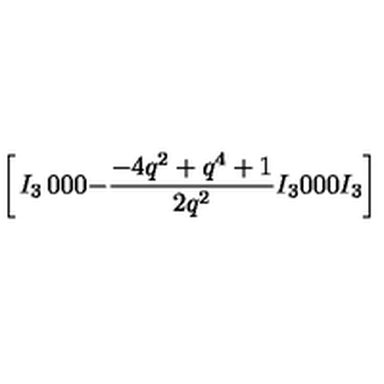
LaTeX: \left[ \begin{matrix} { I _ { 3 } } & { 0 } & { 0 } \\ { 0 } & { - { \frac { - 4 { q } ^ { 2 } + { q } ^ { 4 } + 1 } { 2 { q } ^ { 2 } } } I _ { 3 } } & { 0 } \\ { 0 } & { 0 } & { I _ { 3 } } \\ \end{matrix} \right] \